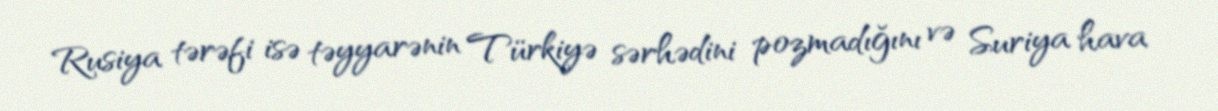
Rusiya tərəfi isə təyyarənin Türkiyə sərhədini pozmadığını və Suriya hava